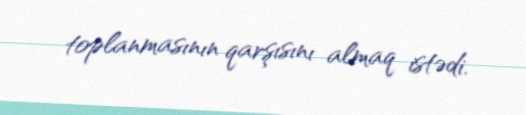
toplanmasının qarşısını almaq istədi.